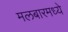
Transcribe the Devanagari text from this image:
मलबारमध्ये